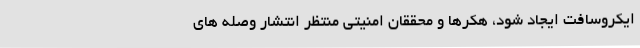
ایکروسافت ایجاد شود، هکرها و محققان امنیتی منتظر انتشار وصله های